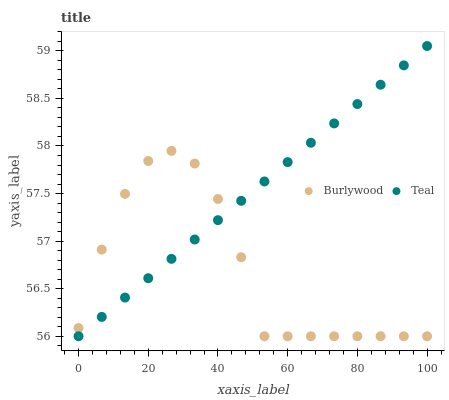
| xaxis_label | Burlywood | Teal |
 | --- | --- | --- |
 | 0 | 56.1 | 56 |
 | 6.67 | 56.9 | 56.2 |
 | 13.3 | 57.5 | 56.4 |
 | 20 | 57.8 | 56.6 |
 | 26.7 | 57.9 | 56.8 |
 | 33.3 | 57.8 | 57 |
 | 40 | 57.4 | 57.2 |
 | 46.7 | 56.8 | 57.4 |
 | 53.3 | 56 | 57.6 |
 | 60 | 56 | 57.8 |
 | 66.7 | 56 | 58 |
 | 73.3 | 56 | 58.2 |
 | 80 | 56 | 58.4 |
 | 86.7 | 56 | 58.6 |
 | 93.3 | 56 | 58.8 |
 | 100 | 56 | 59.1 |